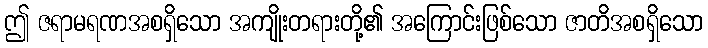
ဤ ဇရာမရဏအစရှိသော အကျိုးတရားတို့၏ အကြောင်းဖြစ်သော ဇာတိအစရှိသော